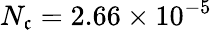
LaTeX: N_{\mathfrak{c}}=2.66\times10^{-5}